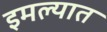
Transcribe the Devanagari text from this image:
इमल्यात